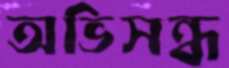
অভিসন্ধ